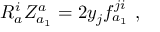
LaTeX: R _ { a } ^ { i } Z _ { a _ { 1 } } ^ { a } = 2 y _ { j } f _ { a _ { 1 } } ^ { j i } \ ,